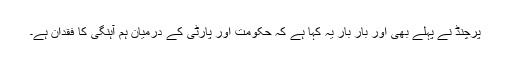
پرچنڈ نے پہلے بھی اور بار بار یہ کہا ہے کہ حکومت اور پارٹی کے درمیان ہم آہنگی کا فقدان ہے۔